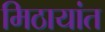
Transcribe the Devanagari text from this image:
मिठायांत